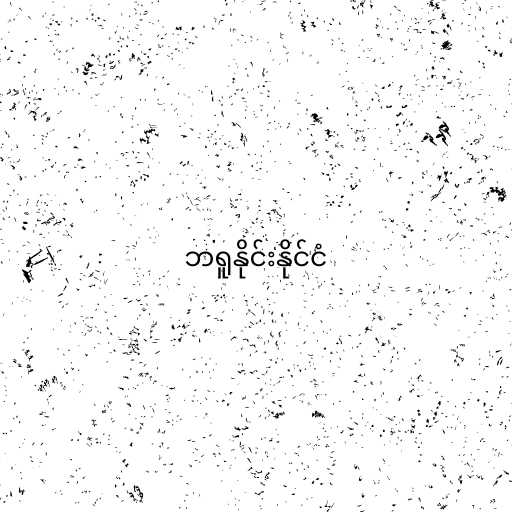
ဘရူနိုင်းနိုင်ငံ